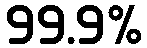
99.9%